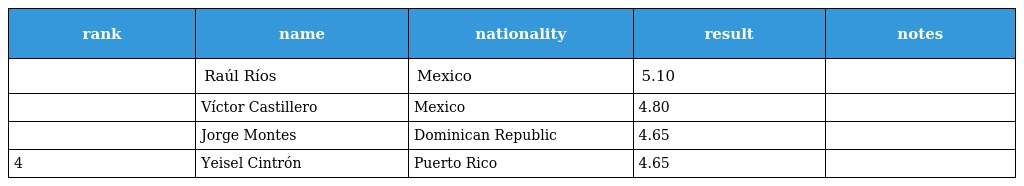
| rank | name | nationality | result | notes |
 | --- | --- | --- | --- | --- |
 |  | Raúl Ríos | Mexico | 5.10 |  |
 |  | Víctor Castillero | Mexico | 4.80 |  |
 |  | Jorge Montes | Dominican Republic | 4.65 |  |
 | 4 | Yeisel Cintrón | Puerto Rico | 4.65 |  |